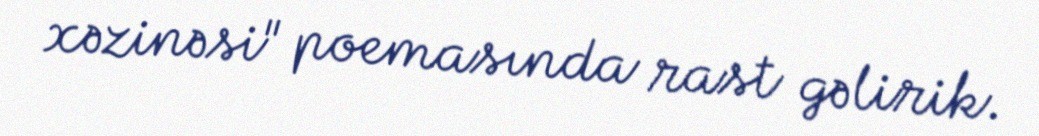
xəzinəsi" poemasında rast gəlirik.